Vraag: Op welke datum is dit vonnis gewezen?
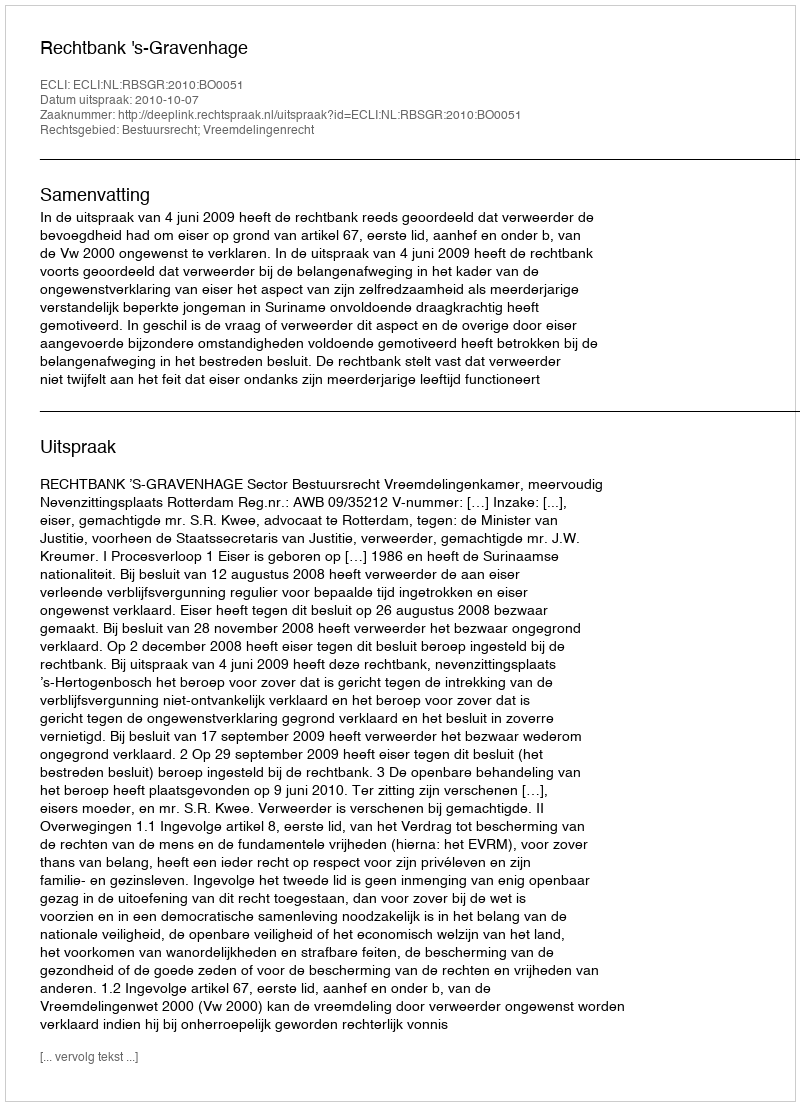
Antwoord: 2010-10-07